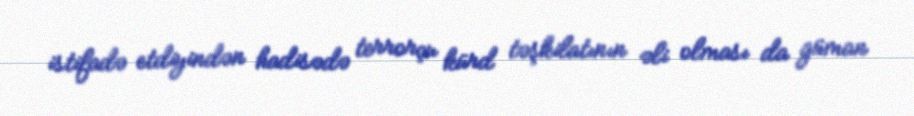
istifadə etdiyindən hadisədə terrorçu kürd təşkilatının əli olması da güman